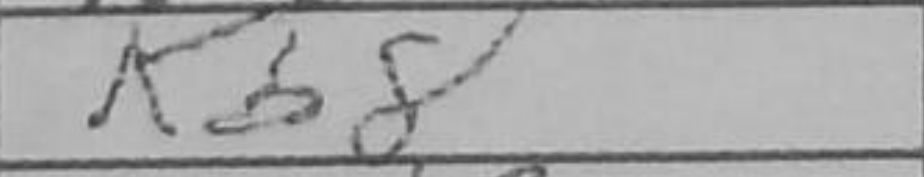
Transcription: Kb8